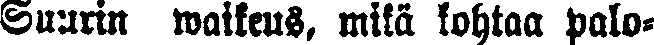
Suurin waikeus, milä kohtaa palo-